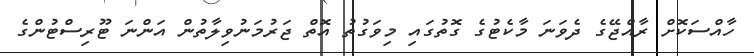
ހާއްސަކޮށް ރާއްޖޭގެ ދެވަނަ މާކެޓުގެ ގޮތުގައި މިވަގުތު އޮތް ޖަރުމަނުވިލާތުން އަންނަ ޓޫރިސްޓުންގެ